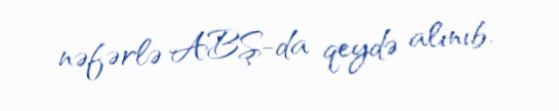
nəfərlə ABŞ-da qeydə alınıb.